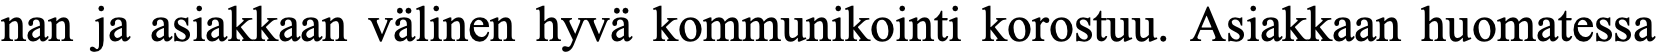
nan ja asiakkaan välinen hyvä kommunikointi korostuu. Asiakkaan huomatessa